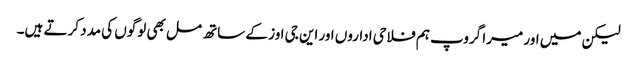
لیکن میں اور میرا گروپ ہم فلاحی اداروں اور این جی اوز کے ساتھ مل بھی لوگوں کی مدد کرتے ہیں۔